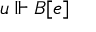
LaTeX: u \Vdash B [ e ]